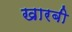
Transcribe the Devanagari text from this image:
खारबी